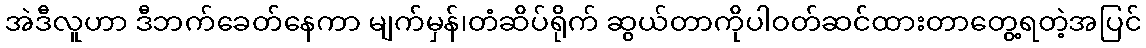
အဲဒီလူဟာ ဒီဘက်ခေတ်နေကာ မျက်မှန်၊တံဆိပ်ရိုက် ဆွယ်တာကိုပါဝတ်ဆင်ထားတာတွေ့ရတဲ့အပြင်